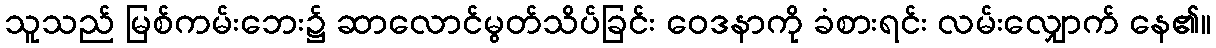
သူသည် မြစ်ကမ်းဘေး၌ ဆာလောင်မွတ်သိပ်ခြင်း ဝေဒနာကို ခံစားရင်း လမ်းလျှောက် နေ၏။